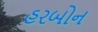
હરબોન